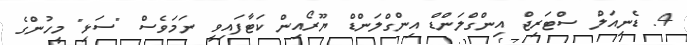
4. ޑެނިއަލް ސްޓަރިޖް އިންގްލަންޑް އިންގްލަންޑް ޔޫރޯއިން ކަޓާފައިވީ ނަމަވެސް "ސަޅި" މީހުންގެ